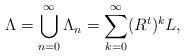
LaTeX: \begin{align*}\Lambda =\bigcup_{n=0}^{\infty}\Lambda_n=\sum_{k=0}^{\infty}(R^{t})^{k}L,\end{align*}